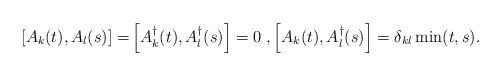
LaTeX: \begin{align*}\left[A_k(t),A_l(s)\right] = &\left[A^{\dagger}_k(t),A^{\dagger}_l(s)\right] = 0 \; , \left[A_k(t),A^{\dagger}_l(s)\right] = \delta_{kl} \min(t,s).\end{align*}